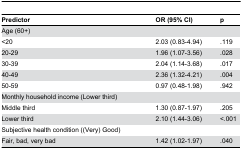
| Predictor | OR (95% CI) | p |
 | --- | --- | --- |
 | Age (60+) |  |  |
 | <20 | 2.03 (0.83-4.94) | .119 |
 | 20-29 | 1.96 (1.07-3.56) | .028 |
 | 30-39 | 2.04 (1.14-3.68) | .017 |
 | 40-49 | 2.36 (1.32-4.21) | .004 |
 | 50-59 | 0.97 (0.48-1.98) | .942 |
 | Monthly household income (Lower third) |  |  |
 | Middle third | 1.30 (0.87-1.97) | .205 |
 | Lower third | 2.10 (1.44-3.06) | <.001 |
 | Subjective health condition ((Very) Good) |  |  |
 | Fair, bad, very bad | 1.42 (1.02-1.97) | .040 |